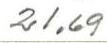
21,69